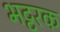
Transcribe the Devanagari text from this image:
भट्टरक